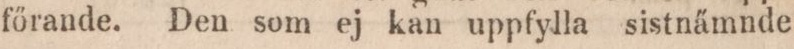
főrande. Den som ej kan uppfylla sistnämnde